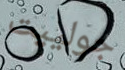
جولييت